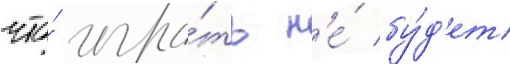
что́ игра́ть н'е́ бу́д'ет